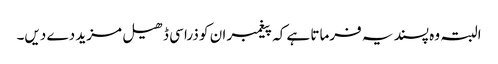
البتہ وہ پسند یہ فرماتا ہے کہ پیغمبر ان کو ذرا سی ڈھیل مزید دے دیں۔